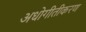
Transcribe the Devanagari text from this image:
अधोगीतीकरण